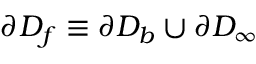
\partial D _ { f } \equiv \partial D _ { b } \cup \partial D _ { \infty }